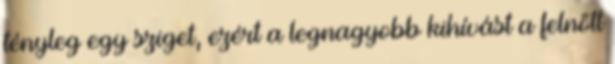
tényleg egy sziget, ezért a legnagyobb kihívást a felnőtt